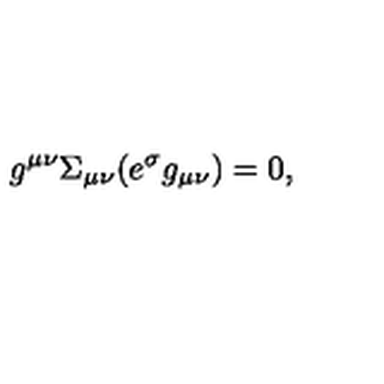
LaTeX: g ^ { \mu \nu } \Sigma _ { \mu \nu } ( e ^ { \sigma } g _ { \mu \nu } ) = 0 ,